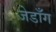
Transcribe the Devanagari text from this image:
जेडाँग